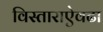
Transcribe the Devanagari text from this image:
विस्ताराऐवढा